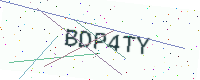
Text: BDP4TY